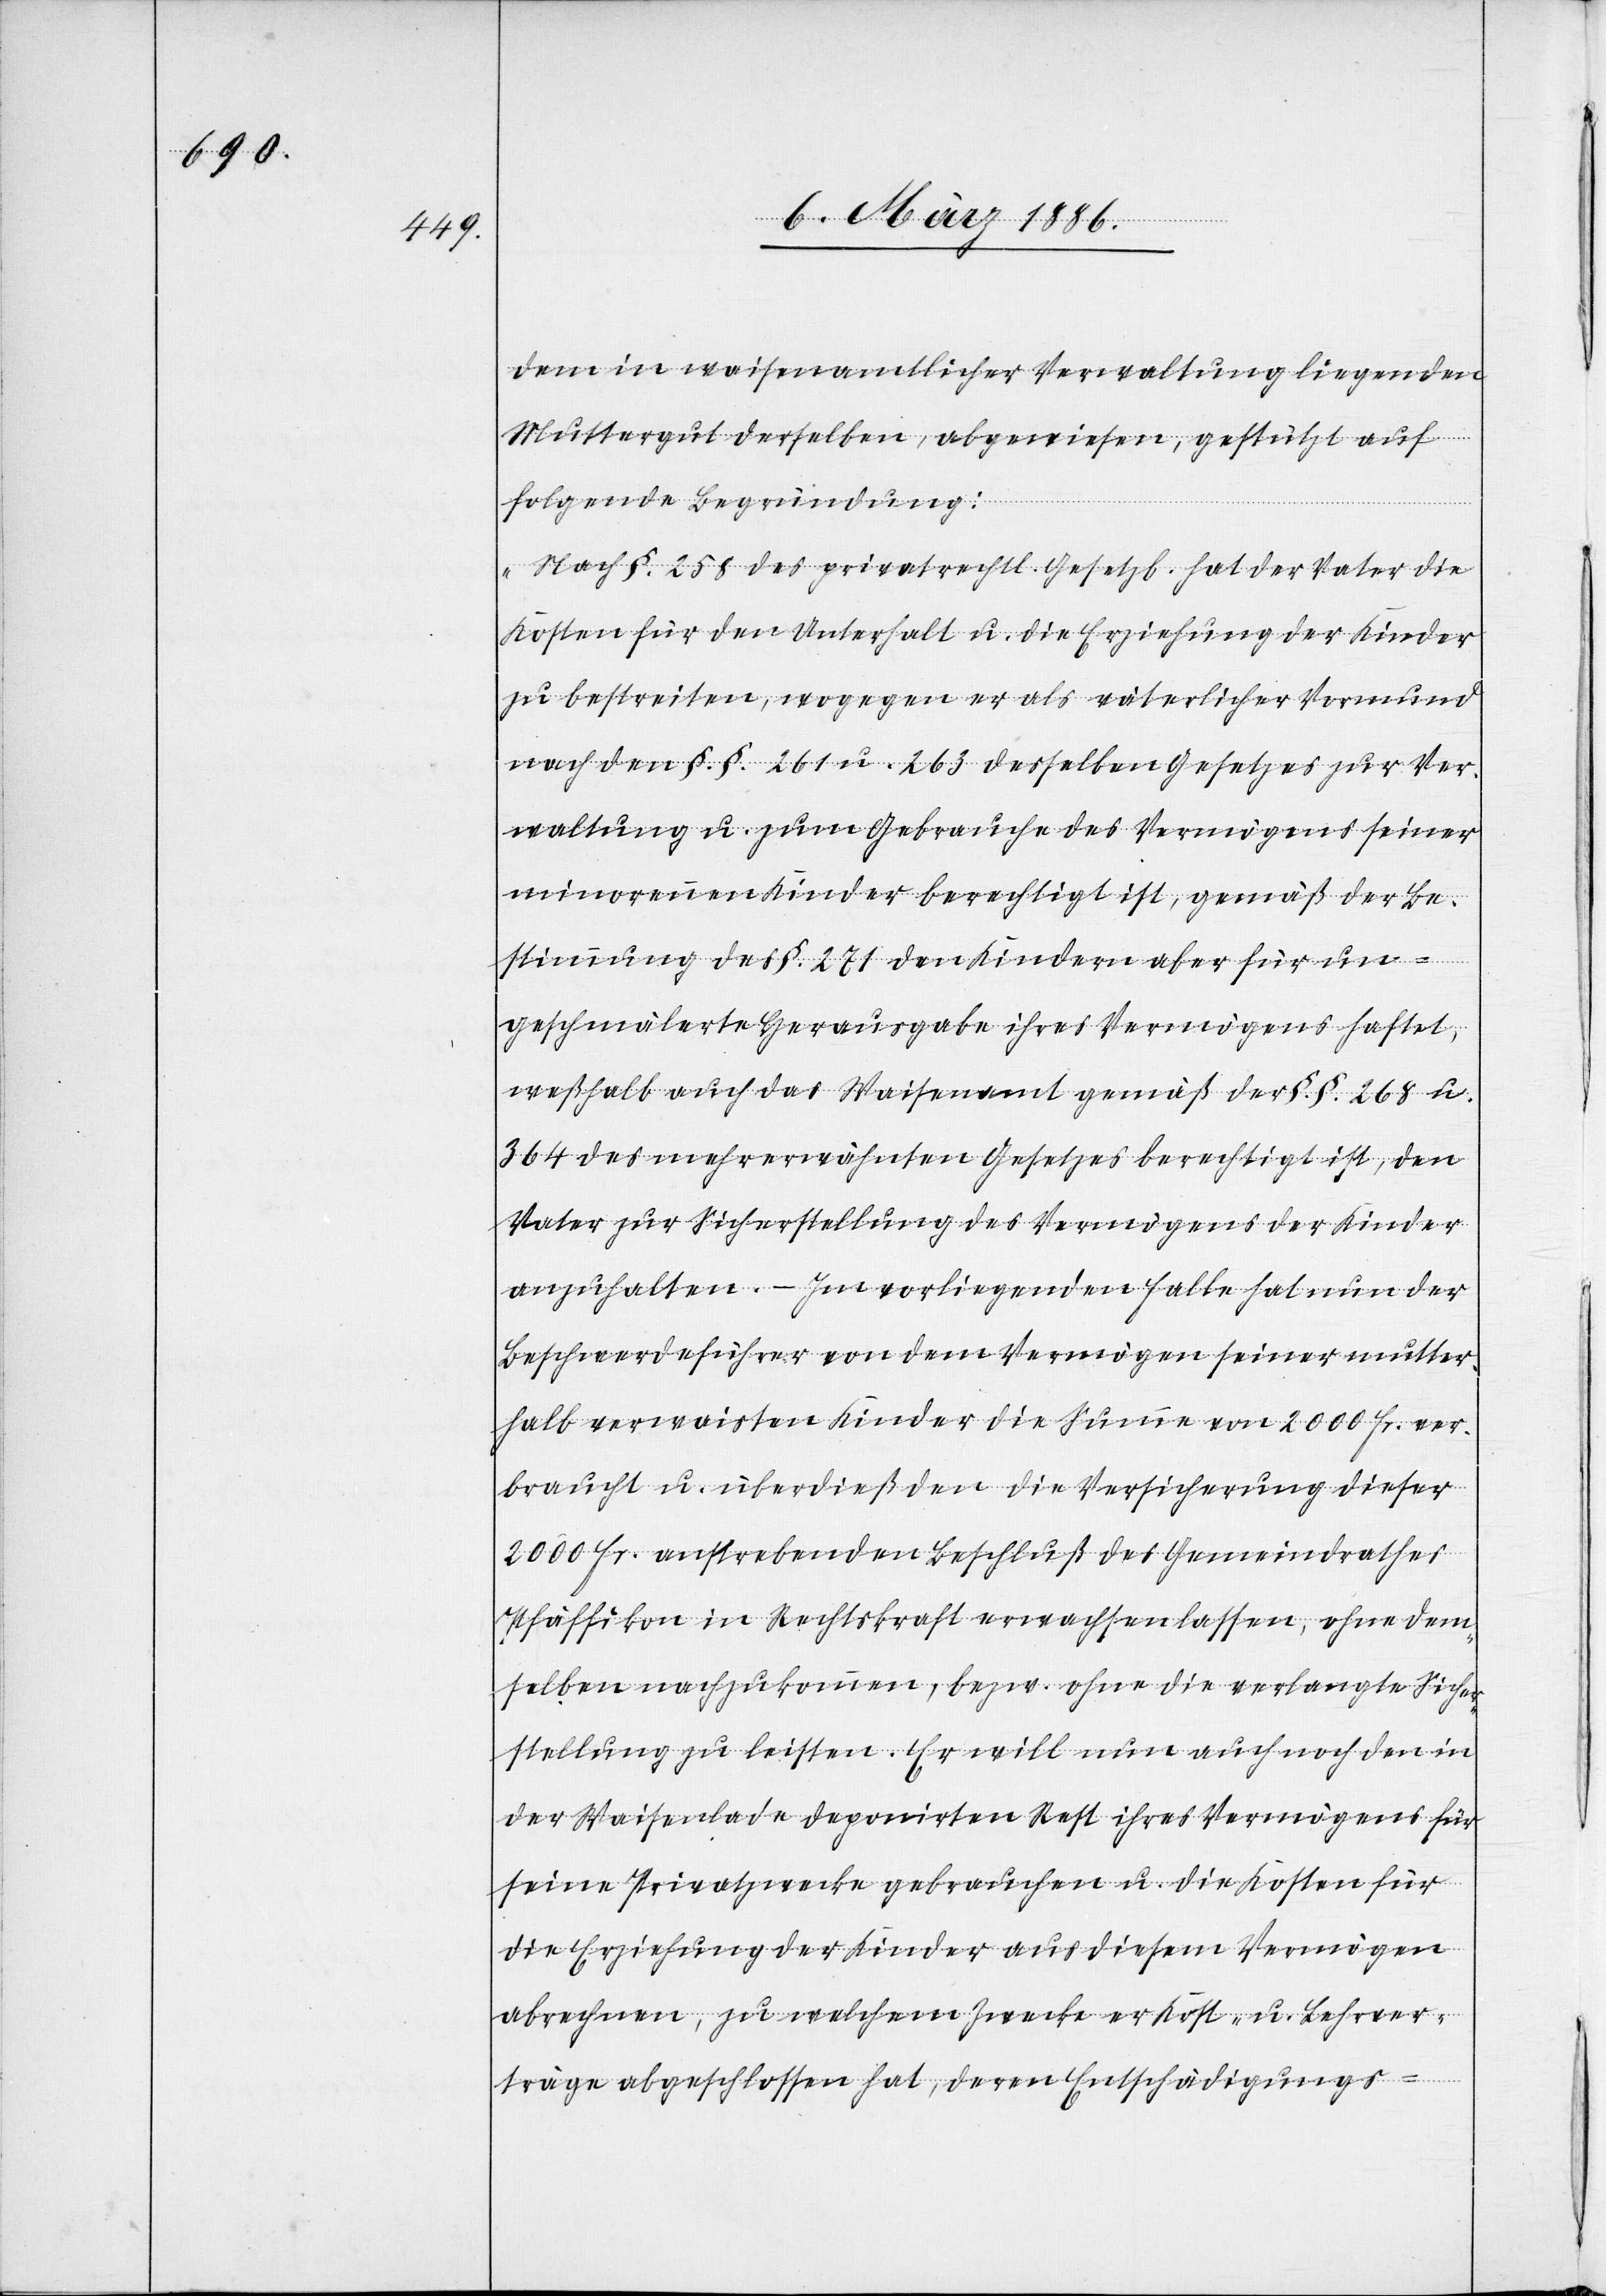
dem in waisenamtlicher Verwaltung liegenden
Muttergut derselben, abgewiesen, gestützt auf
folgende Begründung:
„Nach §. 258 des privatrechtl. Gesetzes hat der Vater die
Kosten für den Unterhalt u. die Erziehung der Kinder
zu bestreiten, wogegen er als väterlicher Vormund
nach den §. §. 261 u. 263 desselben Gesetztes zur Ver¬
waltung u. zum Gebrauche des Vermögens seiner
minorennen Kinder berechtigt ist, gemäß der Be¬
stimmung des §. 271 den Kindern aber für un¬
geschmälerte Herausgabe ihres Vermögens haftet,
weßhalb auch das Waisenamt gemäß der §. §. 268 u.
364 des mehrerwähnten Gesetzes berechtigt ist, den
Vater zur Sicherstellung des Vermögens der Kinder
anzuhalten. – In vorliegenden Falle hat nun der
Beschwerdeführer von dem Vermögen seiner mutter¬
halb verwaisten Kinder die Summe von 2000 Fr. ver¬
braucht u. überdieß den die Versicherung dieser
2000 Fr. anstrebenden Beschluß des Gemeindrathes
Pfäffikon in Rechtskraft erwachsen lassen, ohne dem¬
selben nachzukommen, bzw. ohne die verlangte Sicher¬
stellung zu leisten. Er will nun auch noch den in
der Waisenlade deponirten Rest ihres Vermögens für
seine Privatzwecke gebrachen u. die Kosten für
die Erziehung der Kinder aus diesem Vermögen
abrechnen, zu welchem Zwecke er Kost- u. Lehrver¬
träge abgeschlossen hat, deren Entschädigungs-